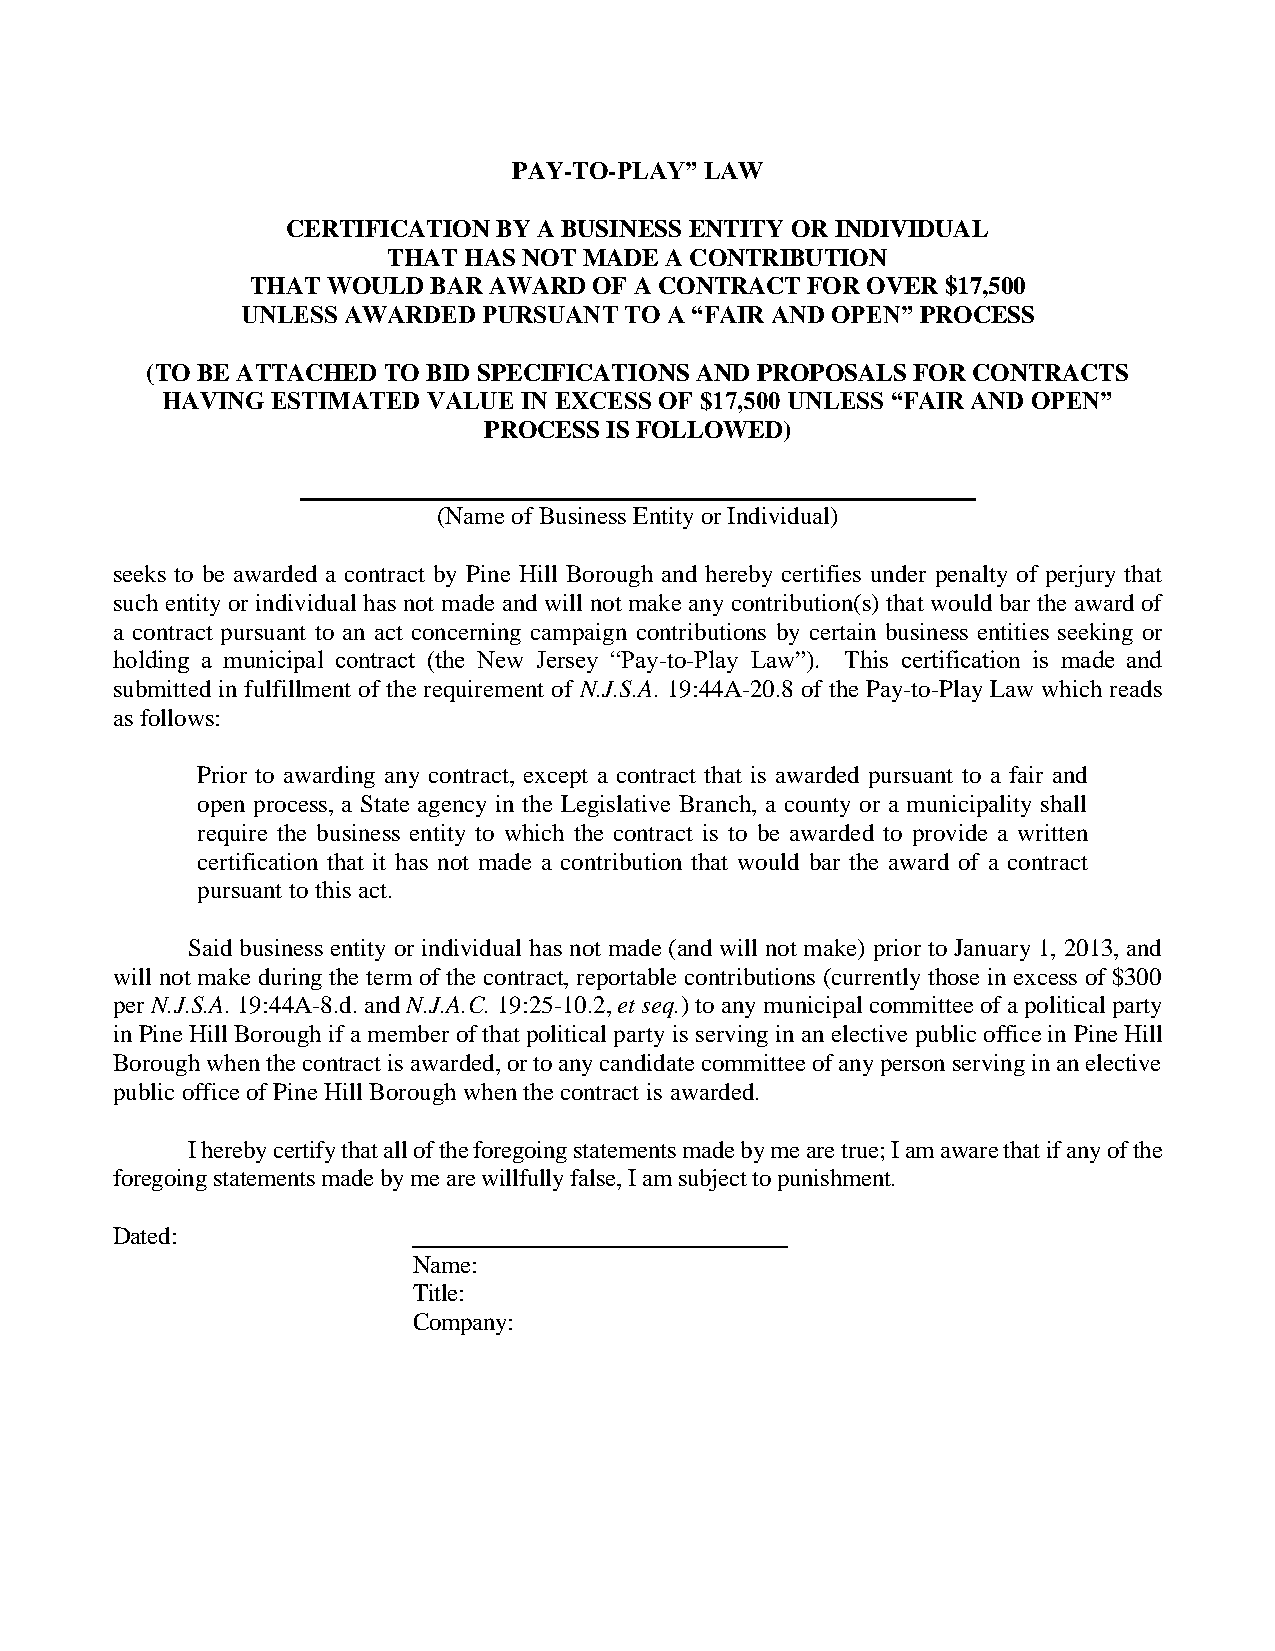
PAY-TO-PLAY” LAW
 CERTIFICATION BY A BUSINESS ENTITY OR INDIVIDUAL
 THAT HAS NOT MADE A CONTRIBUTION
 THAT WOULD BAR AWARD  OF A CONTRACT FOR OVER  $17,500
 UNLESS AWARDED  PURSUANT TO A “FAIR AND OPEN” PROCESS
 (TO BE ATTACHED TO BID SPECIFICATIONS AND PROPOSALS FOR CONTRACTS
 HAVING ESTIMATED VALUE IN EXCESS OF $17,500 UNLESS “FAIR AND OPEN”
 PROCESS IS FOLLOWED)
 (Name of Business Entity or Individual)
 seeks to be awarded a contract by Pine Hill Borough and hereby certifies under penalty of perjury that
 such entity or individual has not made and will not make any contribution(s) that would bar the award of
 a contract pursuant to an act concerning campaign contributions by certain business entities seeking or
 holding a municipal contract (the New Jersey “Pay-to-Play Law”). This certification is made and
 submitted in fulfillment of the requirement of N.J.S.A. 19:44A-20.8 of the Pay-to-Play Law which reads
 as follows:
 Prior to awarding any contract, except a contract that is awarded pursuant to a fair and
 open process, a State agency in the Legislative Branch, a county or a municipality shall
 require the business entity to which the contract is to be awarded to provide a written
 certification that it has not made a contribution that would bar the award of a contract
 pursuant to this act.
 Said business entity or individual has not made (and will not make) prior to January 1, 2013, and
 will not make during the term of the contract, reportable contributions (currently those in excess of $300
 per N.J.S.A. 19:44A-8.d. and N.J.A.C. 19:25-10.2, et seq.) to any municipal committee of a political party
 in Pine Hill Borough if a member of that political party is serving in an elective public office in Pine Hill
 Borough when the contract is awarded, or to any candidate committee of any person serving in an elective
 public office of Pine Hill Borough when the contract is awarded.
 I hereby certify that all of the foregoing statements made by me are true; I am aware that if any of the
 foregoing statements made by me are willfully false, I am subject to punishment.
 Dated:
 Name:
 Title:
 Company: